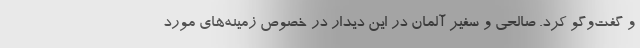
و گفت‌وگو کرد. صالحی و سفیر آلمان در این دیدار در خصوص زمینه‌های مورد